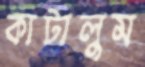
কাটালুম